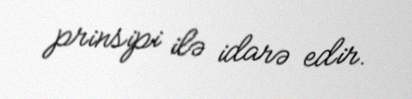
prinsipi ilə idarə edir.